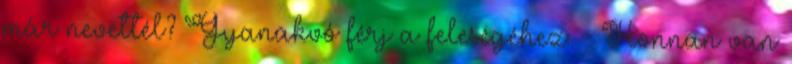
már nevettél? Gyanakvó férj a feleségéhez: - Honnan van